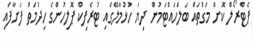
ޕެޓްރޯލް ކޮށް މަގުތައް ބަލަހައްޓަމުން ދިޔަ ހުޅުމާލޭގައި ޓުރެފިކް ޕޮލިހުންގެ ހިދުމަތް ފަށާފައި